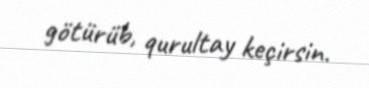
götürüb, qurultay keçirsin.